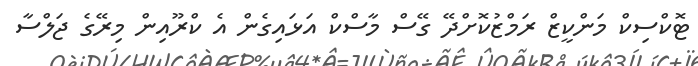
ޓޮކްސިކް މަންކީޒް ރަމްޒުކޮށްދޭ ގޭސް މާސްކް އަޅައިގެން އެ ކްރޫއިން މިރޭގެ ޖަލްސާ